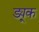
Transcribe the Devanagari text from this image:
ड्यू्क